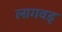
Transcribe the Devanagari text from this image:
लागवड्